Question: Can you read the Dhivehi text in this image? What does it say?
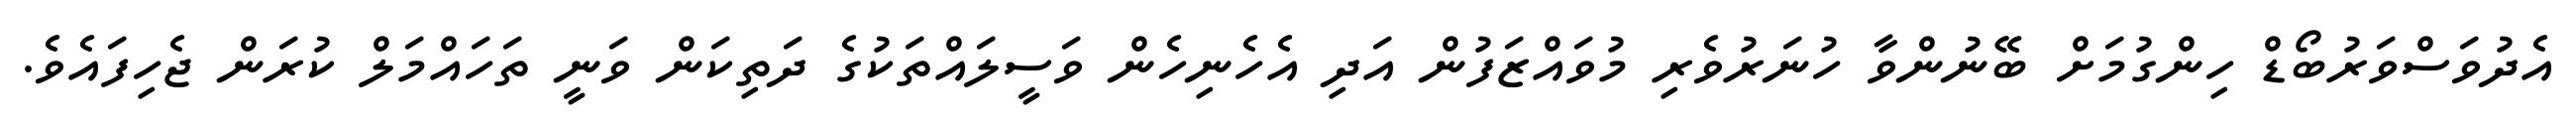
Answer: އެދުވަސްވަރުބޯޑް ހިންގުމަށް ބޭނުންވާ ހުނަރުވެރި މުވައްޒަފުން އަދި އެހެނިހެން ވަސީލައްތަކުގެ ދަތިކަން ވަނީ ތަހައްމަލް ކުރަން ޖެހިފައެވެ.